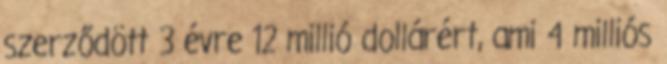
szerződött 3 évre 12 millió dollárért, ami 4 milliós